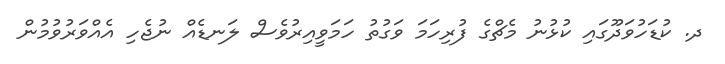
ދ. ކުޑަހުވަދޫގައި ކުޅުނު މެޗްގެ ފުރިހަމަ ވަގުތު ހަމަވީއިރުވެސް ލަނޑެއް ނުޖެހި އެއްވަރުވުމުން